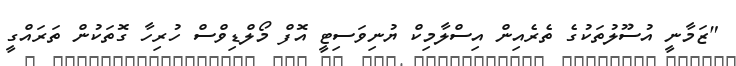
"ޒަމާނީ އުސޫލުތަކުގެ ތެރެއިން އިސްލާމިކް ޔުނިވަސިޓީ އޮފް މޯލްޑިވްސް ހުރިހާ ގޮތަކުން ތަރައްގީ